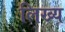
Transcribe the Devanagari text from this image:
लिख्य